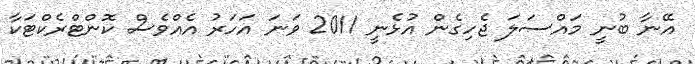
އޭނާ ބުނީ މައްސަލަ ޖެހިގެން އުޅެނީ 2011 ވަނަ އަހަރު އެއްވެސް ކޮންޓްރެކްޓަކާ